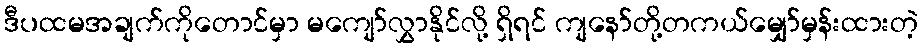
ဒီပထမအချက်ကိုတောင်မှာ မကျော်လွှာနိုင်လို့ ရှိရင် ကျနော်တို့တကယ်မျှော်မှန်းထားတဲ့